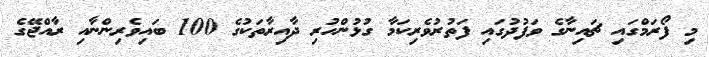
މި ފޯރަމްގައި ޗައިނާގެ ވަފުދުގައި ފަތުރުވެރިކަމާ ގުޅުންހުރި ދާއިރާތަކުގެ 100 ބައިވެރިންނާއި ރާއްޖޭގެ